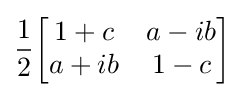
{\frac {1}{2}}{\begin{bmatrix}1+c&a-ib\\a+ib&1-c\end{bmatrix}}